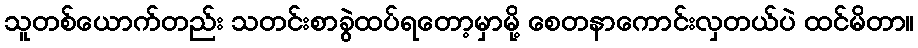
သူတစ်ယောက်တည်း သတင်းစာခွဲထပ်ရတော့မှာမို့ စေတနာကောင်းလှတယ်ပဲ ထင်မိတာ။